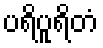
ပရိပူရိတံ